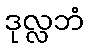
ဒုလ္လဘံ